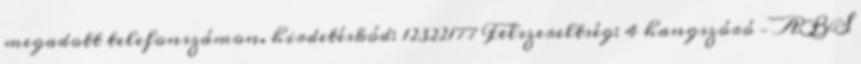
megadott telefonszámon. hirdetéskód: 12322177 Felszereltség: 4 hangszóró – ABS